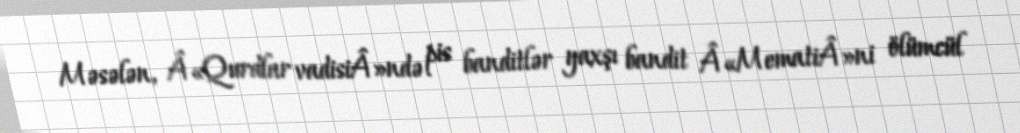
Məsələn, Â«Qurdlar vadisiÂ»ndə pis banditlər yaxşı bandit Â«MematiÂ»ni ölümcül